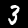
Digit: 3